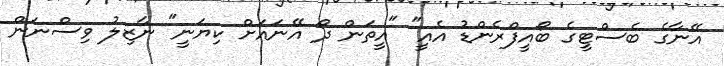
އޭނާގެ ބެސްޓީގެ ބޯއީފްރެންޑު އެއީ" "އީތަން ދޯ އޭނައަށް ކިޔަނީ" ނާޒިލު ވިސްނަން